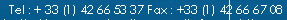
Tel:+33(1) 42665337 Fax:+33(1) 42666708